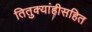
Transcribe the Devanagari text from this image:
तितुक्यांहीसहित